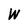
Character: W